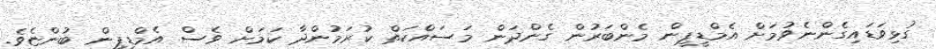
ގުޅިވަޑައިގެންނެވުމަށް އެމްޑީޕީން މެންބަރުން ގެންދަން މަސައްކަތް ކުރަމުންދާ ކަމަށް ވެސް އެމްޑީޕީން ބުންޏެވެ.